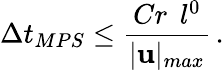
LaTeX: \Delta t_{MPS}\leq\frac{Cr\: \: l^{0}}{\vert\mathbf{u}\vert_{max}}\, .